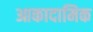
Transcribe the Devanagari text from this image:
आकादामिक